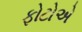
ફોટોએ